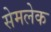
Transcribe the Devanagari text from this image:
सेमलेक